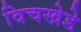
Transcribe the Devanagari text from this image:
विचखेडे